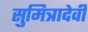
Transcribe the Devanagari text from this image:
सुमित्रादेवी